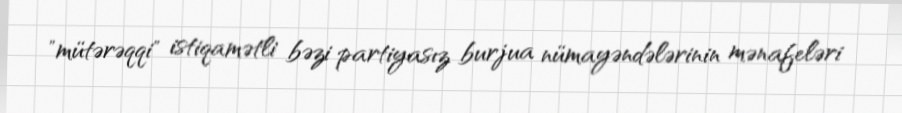
"mütərəqqi" istiqamətli bəzi partiyasız burjua nümayəndələrinin mənafeləri